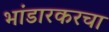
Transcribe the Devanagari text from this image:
भांडारकरचा